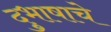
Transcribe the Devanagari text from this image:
दुभाषाचे